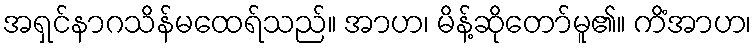
အရှင်နာဂသိန်မထေရ်သည်။ အာဟ၊ မိန့်ဆိုတော်မူ၏။ ကိံအာဟ၊